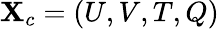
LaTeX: \mathbf{X}_{c}=\left(U,V,T,Q\right)